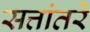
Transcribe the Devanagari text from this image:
सत्तांतरे